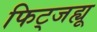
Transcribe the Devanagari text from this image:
फिट्जह्यू